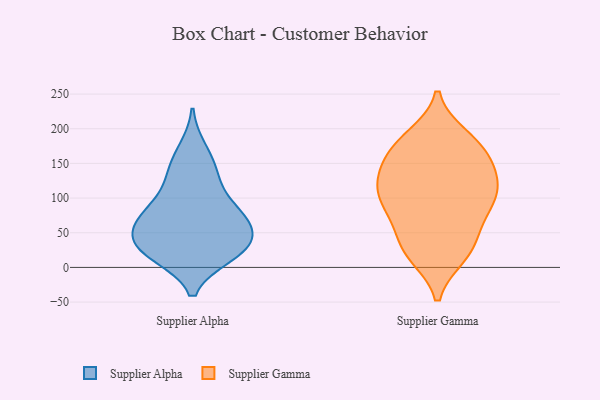
{"axis": {"x": "Website Visitors", "y": "Value"}, "legend": ["Supplier Alpha", "Supplier Gamma"], "data": [{"x": "", "y": 68, "type": "Supplier Alpha"}, {"x": "", "y": 59, "type": "Supplier Alpha"}, {"x": "", "y": 73, "type": "Supplier Alpha"}, {"x": "", "y": 70, "type": "Supplier Alpha"}, {"x": "", "y": 105, "type": "Supplier Alpha"}, {"x": "", "y": 170, "type": "Supplier Alpha"}, {"x": "", "y": 83, "type": "Supplier Alpha"}, {"x": "", "y": 30, "type": "Supplier Alpha"}, {"x": "", "y": 18, "type": "Supplier Alpha"}, {"x": "", "y": 140, "type": "Supplier Alpha"}, {"x": "", "y": 36, "type": "Supplier Alpha"}, {"x": "", "y": 21, "type": "Supplier Alpha"}, {"x": "", "y": 39, "type": "Supplier Alpha"}, {"x": "", "y": 136, "type": "Supplier Alpha"}, {"x": "", "y": 21, "type": "Supplier Alpha"}, {"x": "", "y": 95, "type": "Supplier Gamma"}, {"x": "", "y": 18, "type": "Supplier Gamma"}, {"x": "", "y": 163, "type": "Supplier Gamma"}, {"x": "", "y": 141, "type": "Supplier Gamma"}, {"x": "", "y": 173, "type": "Supplier Gamma"}, {"x": "", "y": 62, "type": "Supplier Gamma"}, {"x": "", "y": 165, "type": "Supplier Gamma"}, {"x": "", "y": 127, "type": "Supplier Gamma"}, {"x": "", "y": 22, "type": "Supplier Gamma"}, {"x": "", "y": 80, "type": "Supplier Gamma"}, {"x": "", "y": 84, "type": "Supplier Gamma"}, {"x": "", "y": 126, "type": "Supplier Gamma"}, {"x": "", "y": 123, "type": "Supplier Gamma"}, {"x": "", "y": 188, "type": "Supplier Gamma"}, {"x": "", "y": 107, "type": "Supplier Gamma"}, {"x": "", "y": 103, "type": "Supplier Gamma"}, {"x": "", "y": 184, "type": "Supplier Gamma"}, {"x": "", "y": 35, "type": "Supplier Gamma"}, {"x": "", "y": 25, "type": "Supplier Gamma"}]}